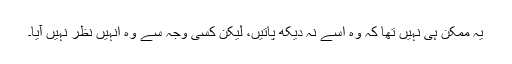
یہ ممکن ہی نہیں تھا کہ وہ اسے نہ دیکھ پاتیں، لیکن کسی وجہ سے وہ انہیں نظر نہیں آیا۔